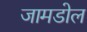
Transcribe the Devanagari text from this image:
जामडोल